Report of the Municipal Commissioner on the plague in Bombay for the year ending 31st May... - Volume 2
Disease focus: Plague
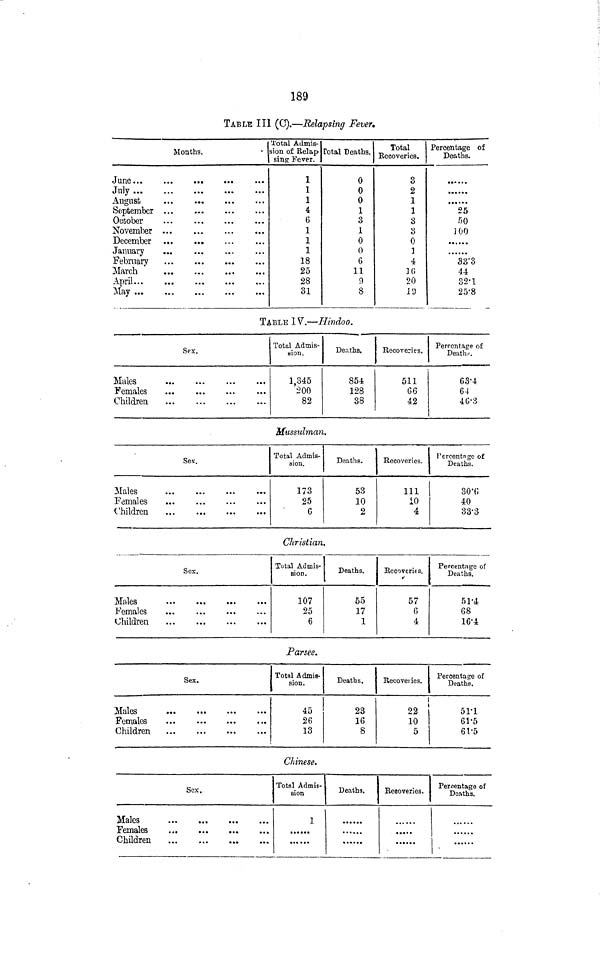
189
TABLE III (C).—Relapsing Fever.
July ...
August
September
October
November
December
January
February
March
April...
May ...
Months.
Total Admis-
sion of Relap-
sing Fever.
1
1
1
4
6
1
1
1
18
25
28
31
Total Deaths.
0
0
0
1
3
1
0
0
6
11
9
8
Total
Recoveries.
3
2
1
1
3
3
0
3
4
16
20
19
Percentage of
Deaths.
25
50
100
33·3
44
32·1
25·8
TABLE IV.—Hindoo.
Males
Females
Children
Sex.
Total Admis-
sion.
1,345
200
82
Deaths.
854
128
38
Recoveries.
511
G6
42
Perrentaere of
Deaths.
63·4
64
46·3
Mussulman.
Males
Females
Children
Sex.
Total Admis-
sion.
173
25
G
Deaths.
53
10
2
Recoveries.
Ill
10
4
Percentage of
Deaths.
30·6
40
33·3
Christian.
Males
Females
Children
Sex.
Total Admis-
sion.
107
25
6
Deaths.
55
17
1
Recoveries.
57
6
4
Percentage of
Deaths.
51·4
68
16·4
Parsee.
Males
Females
Children
Sex.
Total Admis-
sion.
45
26
13
Deaths.
23
16
8
Recoveries.
22
10
5
Percentage of
Deaths.
51·1
61·5
61·5
Chinese.
Males
Females
Children
Sex.
Total Admis-
sion
1
Deaths.
Recoveries.
Percentage of
Deaths.